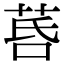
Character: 𦯚